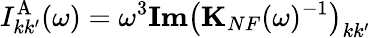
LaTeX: I_{kk^{\prime}}^{\mathrm{A}}(\omega)=\omega^{3}\textbf{Im}\big(\mathbf{K}_{NF}(\omega)^{-1}\big)_{kk^{\prime}}